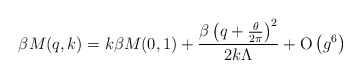
\begin{align*}\beta M(q,k)=k\beta M(0,1) + \frac{\beta \left(q+\frac{\theta}{2\pi}\right)^{2}}{2k \Lambda} + {\rm O}\left(g^{6}\right)\end{align*}